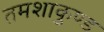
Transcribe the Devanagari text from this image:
तमशाकुण्ड